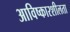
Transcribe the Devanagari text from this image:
आविष्कारशीलता